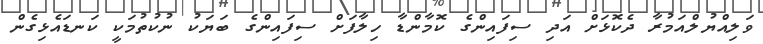
ވަލިއްޔުލްއަމުރާ ދެކޮޅަށް އަދި ސިފައިންގެ ކޮމާންޑާ ހިލާފަށް ސިފައިންގެ ބަޔަކު ނުކުތުމަކީ ކަނޑައެޅިގެން